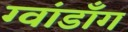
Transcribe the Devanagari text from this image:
ग्वांडॉंग